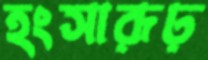
হংসারূঢ়